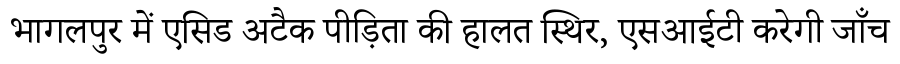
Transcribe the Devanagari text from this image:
भागलपुर में एसिड अटैक पीड़िता की हालत स्थिर, एसआईटी करेगी जाँच